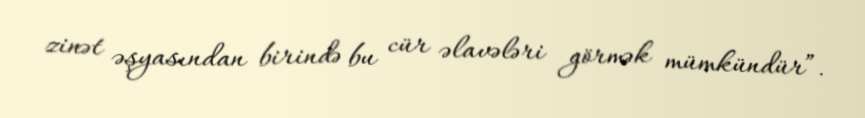
zinət əşyasından birində bu cür əlavələri görmək mümkündür”.